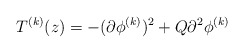
\begin{align*}T^{(k)}(z)=-(\partial \phi^{(k)})^2 + Q \partial^2\phi^{(k)}\end{align*}